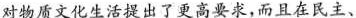
对物质文化生活提出了更高要求，而且在民主、